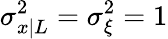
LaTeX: \sigma_{x|L}^{2}=\sigma_{\xi}^{2}=1